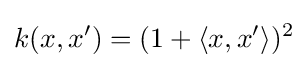
k(x,x')=(1+\langle x,x'\rangle )^{2}